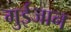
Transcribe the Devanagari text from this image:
गुईजान